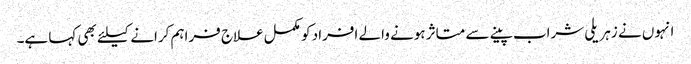
انہوں نے زہریلی شراب پینے سے متاثر ہونے والے افراد کو مکمل علاج فراہم کرانے کیلئے بھی کہا ہے۔